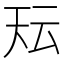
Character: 𭑇